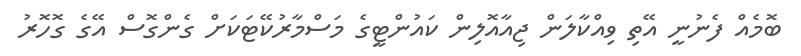
ބޮމެއް ފެނުނީ އޭތި ވިއްކާލަން ޖިއާއޮލިން ކައުންޓީގެ މަސްމާރުކޭޓަކަށް ގެންގޮސް އޭގެ ގޮހޮރު